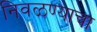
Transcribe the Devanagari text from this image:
निवळण्याचा